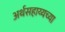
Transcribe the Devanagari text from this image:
अर्थसहाय्यच्या